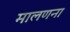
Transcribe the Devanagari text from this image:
मालणना